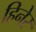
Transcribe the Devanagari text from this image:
हिनेर